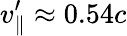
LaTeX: v_{\parallel}^{\prime}\approx 0.54c